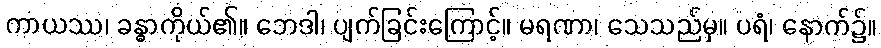
ကာယဿ၊ ခန္ဓာကိုယ်၏။ ဘေဒါ၊ ပျက်ခြင်းကြောင့်။ မရဏာ၊ သေသည်မှ။ ပရံ၊ နောက်၌။